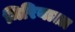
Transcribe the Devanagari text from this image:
मिरियाला